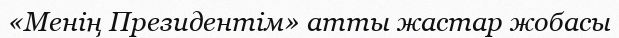
«Менің Президентім» атты жастар жобасы